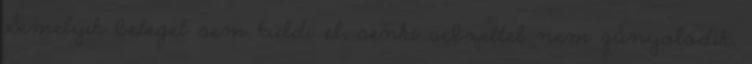
Semelyik beteget sem küldi el, senki sebzettel nem gúnyolódik.